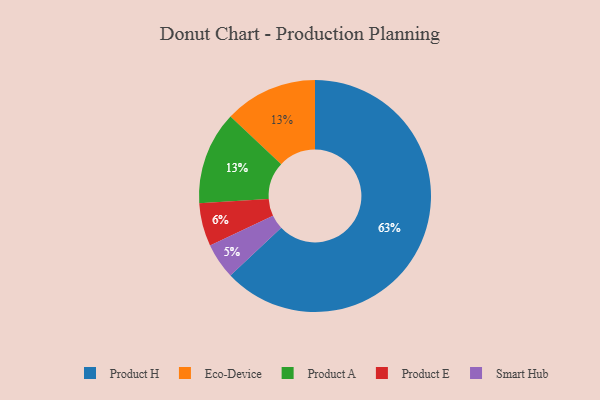
{"axis": {"x": "Category", "y": "Percentage"}, "legend": ["Eco-Device", "Product A", "Product E", "Product H", "Smart Hub"], "data": [{"x": "Product H", "y": 63, "type": "Product H"}, {"x": "Eco-Device", "y": 13, "type": "Eco-Device"}, {"x": "Product E", "y": 6, "type": "Product E"}, {"x": "Smart Hub", "y": 5, "type": "Smart Hub"}, {"x": "Product A", "y": 13, "type": "Product A"}]}